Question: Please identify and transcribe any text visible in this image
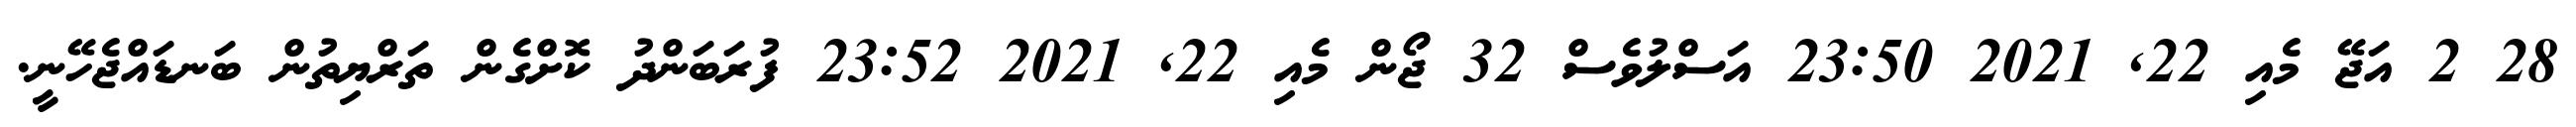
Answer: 28 2 އަޖޭ މެއި 22, 2021 23:50 އަސްލުވެސް 32 ޖޯން މެއި 22, 2021 23:52 ފުރަބަންދު ކޮށްގެން ތަރްޔިތުން ބަނޑައްޖެހޭނީ.